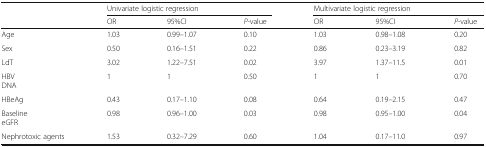
<table><thead><tr><td></td><td colspan="3"><b>Univariate logistic regression</b></td><td colspan="3"><b>Multivariate logistic regression</b></td></tr><tr><td></td><td><b>OR</b></td><td><b>95%CI</b></td><td><b><i>P</i>-value</b></td><td><b>OR</b></td><td><b>95%CI</b></td><td><b><i>P</i>-value</b></td></tr></thead><tbody><tr><td>Age</td><td>1.03</td><td>0.99–1.07</td><td>0.10</td><td>1.03</td><td>0.98–1.08</td><td>0.20</td></tr><tr><td>Sex</td><td>0.50</td><td>0.16–1.51</td><td>0.22</td><td>0.86</td><td>0.23–3.19</td><td>0.82</td></tr><tr><td>LdT</td><td>3.02</td><td>1.22–7.51</td><td>0.02</td><td>3.97</td><td>1.37–11.5</td><td>0.01</td></tr><tr><td>HBVDNA</td><td>1</td><td>1</td><td>0.50</td><td>1</td><td>1</td><td>0.70</td></tr><tr><td>HBeAg</td><td>0.43</td><td>0.17–1.10</td><td>0.08</td><td>0.64</td><td>0.19–2.15</td><td>0.47</td></tr><tr><td>BaselineeGFR</td><td>0.98</td><td>0.96–1.00</td><td>0.03</td><td>0.98</td><td>0.95–1.00</td><td>0.04</td></tr><tr><td>Nephrotoxic agents</td><td>1.53</td><td>0.32–7.29</td><td>0.60</td><td>1.04</td><td>0.17–11.0</td><td>0.97</td></tr></tbody></table>